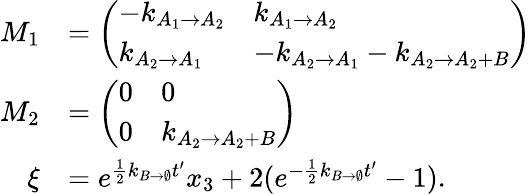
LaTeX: \begin{array}{rl}{M_{1}}&{=\left(\begin{array}{ll}{-k_{A_{1}\to A_{2}}}&{k_{A_{1}\to A_{2}}}\\ {k_{A_{2}\to A_{1}}}&{-k_{A_{2}\to A_{1}}-k_{A_{2}\to A_{2}+B}}\end{array}\right)}\\ {M_{2}}&{=\left(\begin{array}{ll}{0}&{0}\\ {0}&{k_{A_{2}\to A_{2}+B}}\end{array}\right)}\\ {\xi}&{=e^{\frac{1}{2}k_{B\to\emptyset}t^{\prime}}x_{3}+2(e^{-\frac{1}{2}k_{B\to\emptyset}t^{\prime}}-1).}\end{array}